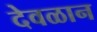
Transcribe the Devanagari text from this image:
देवळान